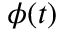
\phi ( t )